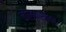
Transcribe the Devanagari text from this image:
कालकासोबत